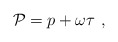
\begin{align*}{\cal P} = p + \omega\tau\ ,\end{align*}